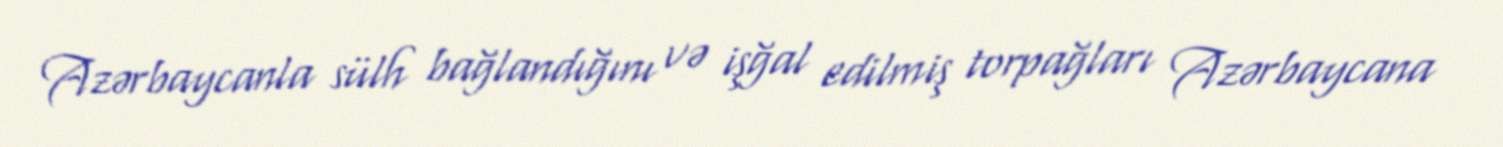
Azərbaycanla sülh bağlandığını və işğal edilmiş torpağları Azərbaycana